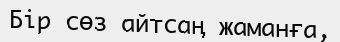
Бір сөз айтсаң жаманға,